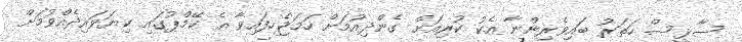
ސާޅީސް ހަތަރު ބައިވެރިންނާ އެކު ކުރިއަށް ގެންދިއުމަށް ހަމަޖެހިފައިވާ އެ ކޭމްޕުގައި ކިޔަވައިދެއްވުމަށް